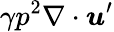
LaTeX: \gamma p^{2}\nabla\cdot\boldsymbol{u}^{\prime}